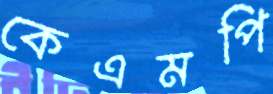
কেএমপি